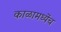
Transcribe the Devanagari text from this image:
काळामध्येंच